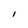
Character: I